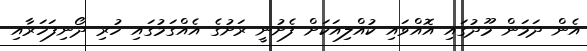
އެން ދަމަން މޫދުގައި އޮއްވައި ކުއްލިއަކަށް ފެށުނީ ރަށުގެ އެއްގަމުގައި ހުރި ދޯނިފަހަރާއި